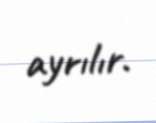
ayrılır.